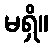
မရှိ။